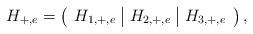
LaTeX: \begin{align*} H_{+,e}=\left(\begin{array}{c|c|c} H_{1,+,e}&H_{2,+,e}&H_{3,+,e} \end{array}\right),\end{align*}